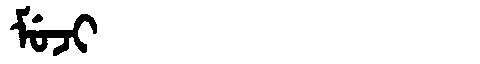
Manchu: ᠮᡠᠵᡳ
Romanization: MUJI